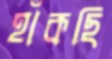
হাঁকছি